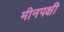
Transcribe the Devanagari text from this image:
मीनपक्षी